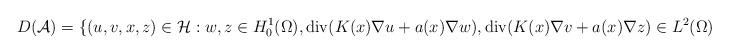
LaTeX: \begin{align*}D(\mathcal{A}) = \{ (u,v,x,z) \in \mathcal{H} : w,z \in H_{0}^{1}(\Omega), \operatorname{div}(K(x) \nabla u + a(x)\nabla w), \operatorname{div}(K(x) \nabla v + a(x)\nabla z) \in L^{2}(\Omega)\}\end{align*}